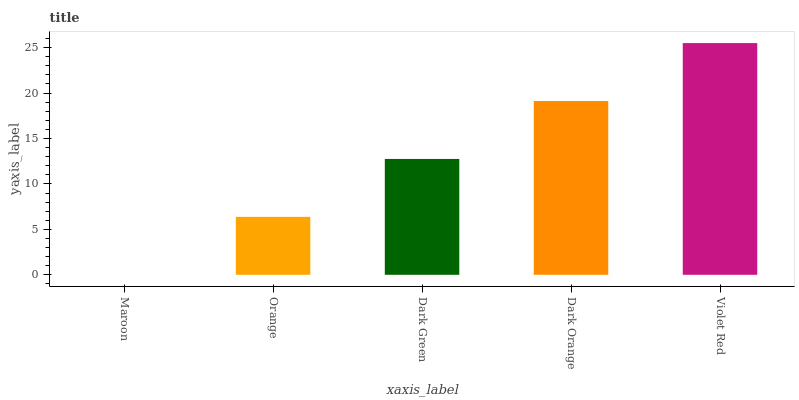
| xaxis_label | bars |
 | --- | --- |
 | Maroon | 0 |
 | Orange | 6.37 |
 | Dark Green | 12.7 |
 | Dark Orange | 19.1 |
 | Violet Red | 25.5 |